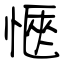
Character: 愜